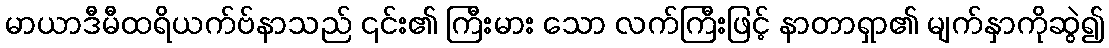
မာယာဒီမီထရိယက်ဗ်နာသည် ၎င်း၏ ကြီးမား သော လက်ကြီးဖြင့် နာတာရှာ၏ မျက်နှာကိုဆွဲ၍